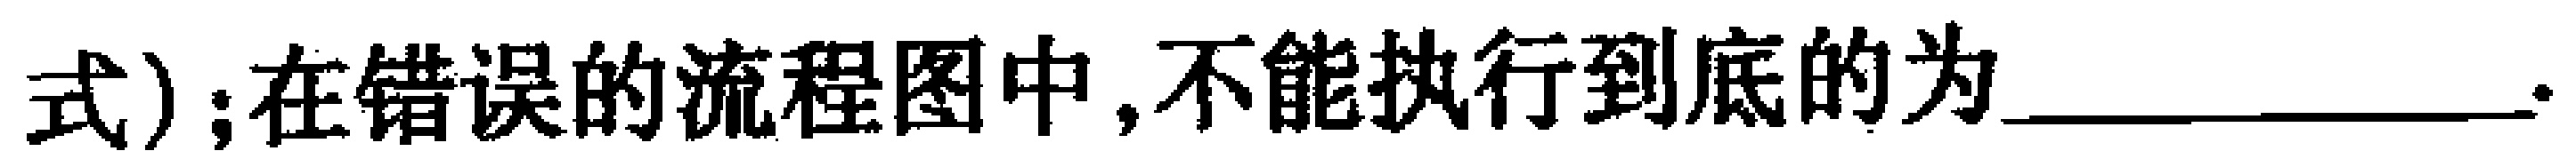
式)；在错误的流程图中,不能执行到底的为__________.